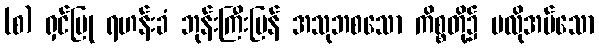
(စ) ရှင်ပြု ရဟန်းခံ ဘုန်းကြီးပြန် အသုဘစသော ကိစ္စတို့၌ မလိုအပ်သော